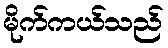
မိုက်ကယ်သည်